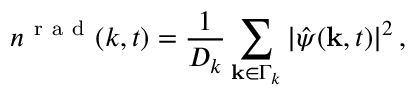
n ^ { \mathrm { ~ r ~ a ~ d ~ } } ( k , t ) = \frac { 1 } { D _ { k } } \sum _ { { \bf k } \in \Gamma _ { k } } | \hat { \psi } ( { \bf k } , t ) | ^ { 2 } \, ,